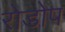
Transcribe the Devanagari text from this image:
रोडोप